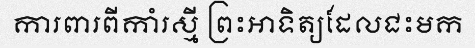
ការពារពីកាំរស្មី ព្រះអាទិត្យដែលជះមក